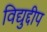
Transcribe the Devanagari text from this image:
विद्युद्दीप